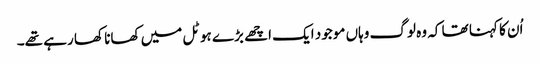
اُن کا کہنا تھا کہ وہ لوگ وہاں موجود ایک اچھے بڑے ہوٹل میں کھانا کھا رہے تھے۔